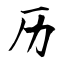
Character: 历